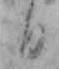
日